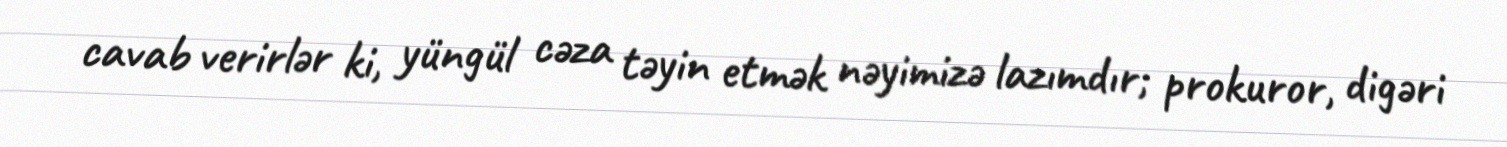
cavab verirlər ki, yüngül cəza təyin etmək nəyimizə lazımdır; prokuror, digəri